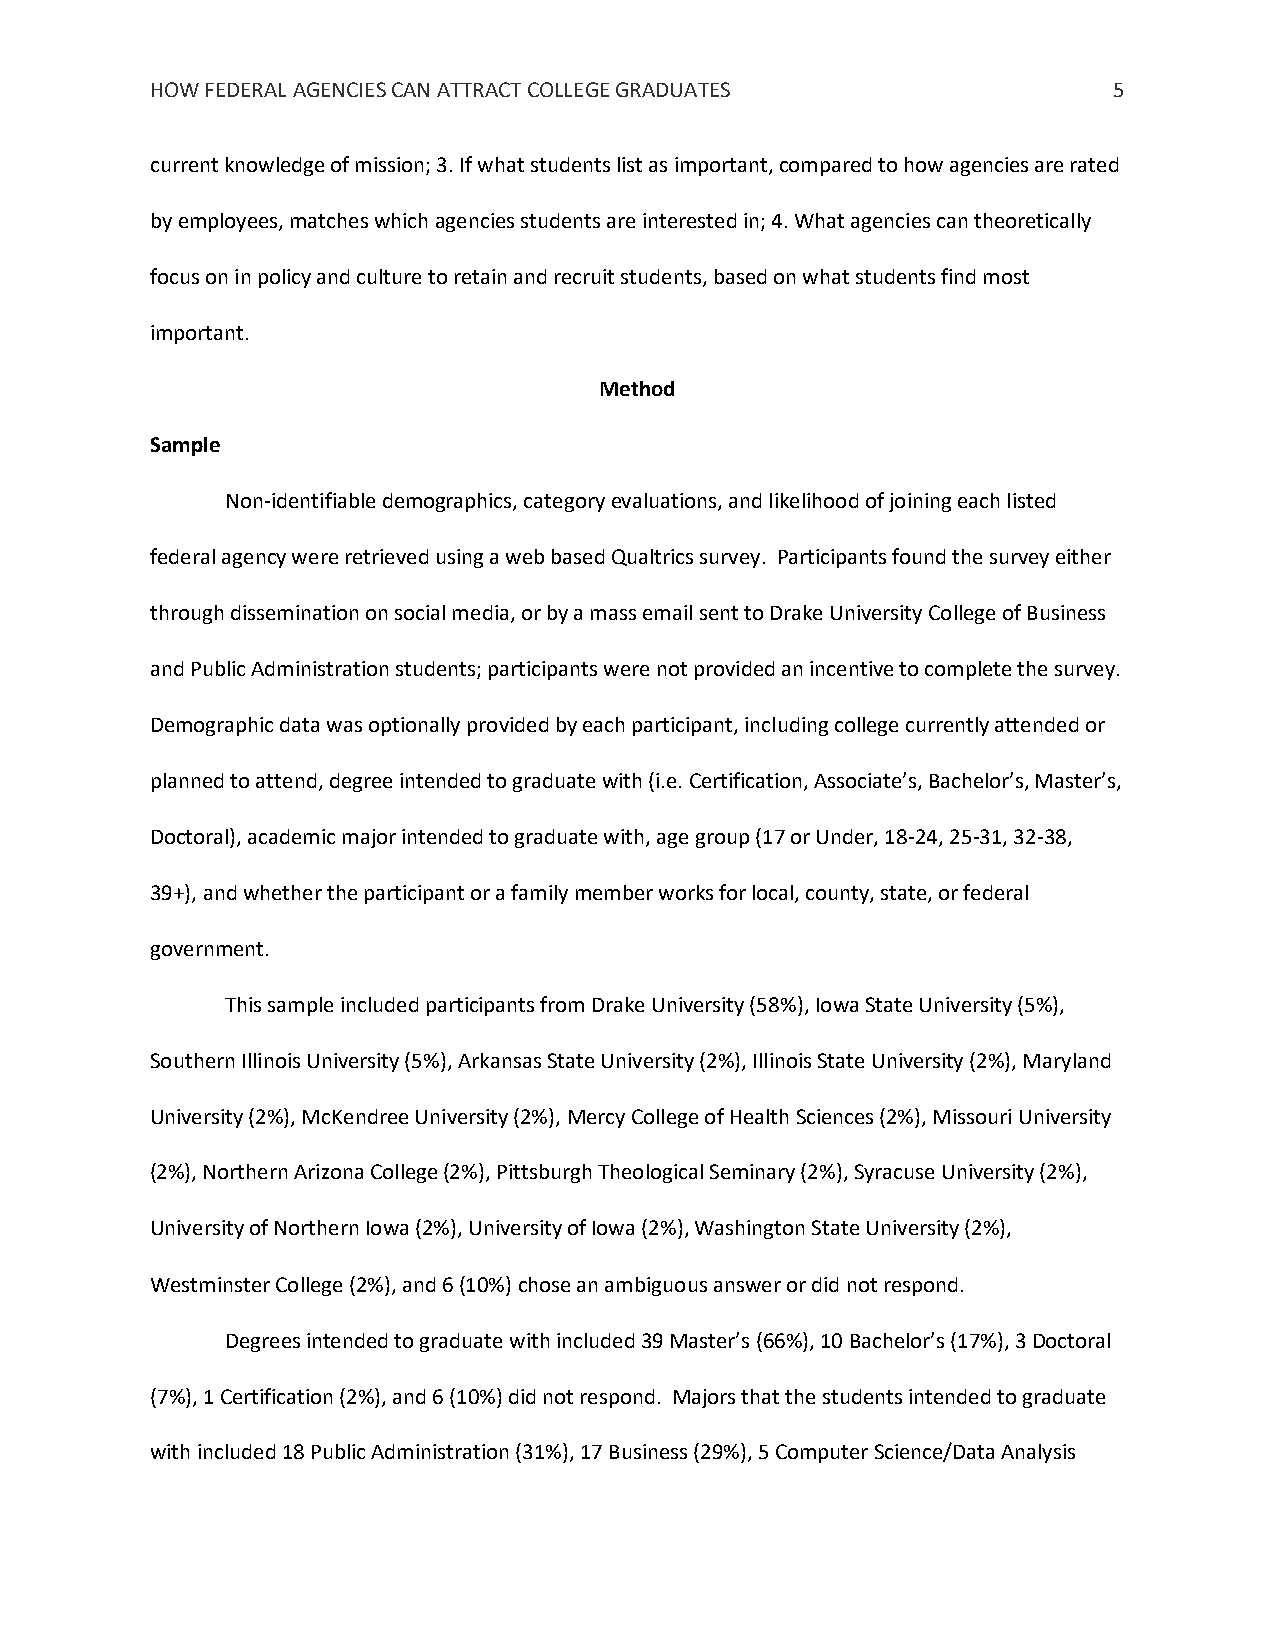
HOW FEDERAL AGENCIES CAN ATTRACT COLLEGE GRADUATES              5
 current knowledge of mission; 3. If what students list as important, compared to how agencies are rated
 by employees, matches which agencies students are interested in; 4. What agencies can theoretically
 focus on in policy and culture to retain and recruit students, based on what students find most
 important.
 Method
 Sample
 Non-identifiable demographics, category evaluations, and likelihood of joining each listed
 federal agency were retrieved using a web based Qualtrics survey. Participants found the survey either
 through dissemination on social media, or by a mass email sent to Drake University College of Business
 and Public Administration students; participants were not provided an incentive to complete the survey.
 Demographic data was optionally provided by each participant, including college currently attended or
 planned to attend, degree intended to graduate with (i.e. Certification, Associate’s, Bachelor’s, Master’s,
 Doctoral), academic major intended to graduate with, age group (17 or Under, 18-24, 25-31, 32-38,
 39+), and whether the participant or a family member works for local, county, state, or federal
 government.
 This sample included participants from Drake University (58%), Iowa State University (5%),
 Southern Illinois University (5%), Arkansas State University (2%), Illinois State University (2%), Maryland
 University (2%), McKendree University (2%), Mercy College of Health Sciences (2%), Missouri University
 (2%), Northern Arizona College (2%), Pittsburgh Theological Seminary (2%), Syracuse University (2%),
 University of Northern Iowa (2%), University of Iowa (2%), Washington State University (2%),
 Westminster College (2%), and 6 (10%) chose an ambiguous answer or did not respond.
 Degrees intended to graduate with included 39 Master’s (66%), 10 Bachelor’s (17%), 3 Doctoral
 (7%), 1 Certification (2%), and 6 (10%) did not respond. Majors that the students intended to graduate
 with included 18 Public Administration (31%), 17 Business (29%), 5 Computer Science/Data Analysis